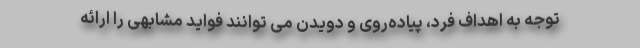
توجه به اهداف فرد، پیاده‌روی و دویدن می توانند فواید مشابهی را ارائه